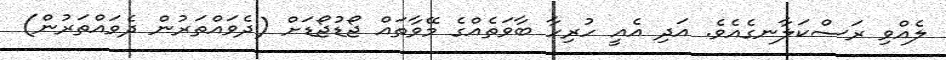
ލެއްވި ރަސްކަލާނގެއެވެ. އަދި އެއީ ހުރިހާ ބާވަތެއްގެ މޭވާތައް ޖޯޑުޖޯޑަށް (ދެވައްތަރުން ދެވައްތަރުން)